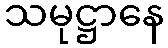
သမုဋ္ဌာနေ